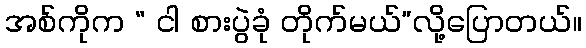
အစ်ကိုက “ ငါ စားပွဲခုံ တိုက်မယ်”လို့ပြောတယ်။